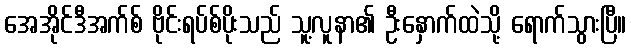
အေအိုင်ဒီအက်စ် ဗိုင်းရပ်စ်ပိုးသည် သူ့လူနာ၏ ဦးနှောက်ထဲသို့ ရောက်သွားပြီ။